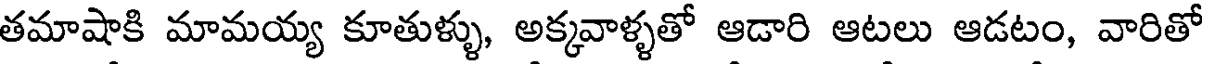
తమాషాకి మామయ్య కూతుళ్ళు, అక్కవాళ్ళతో ఆడారి ఆటలు ఆడటం, వారితో